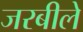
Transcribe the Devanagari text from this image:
जरबीले